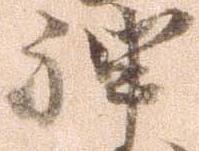
神